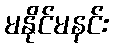
မနိုင်မနင်း